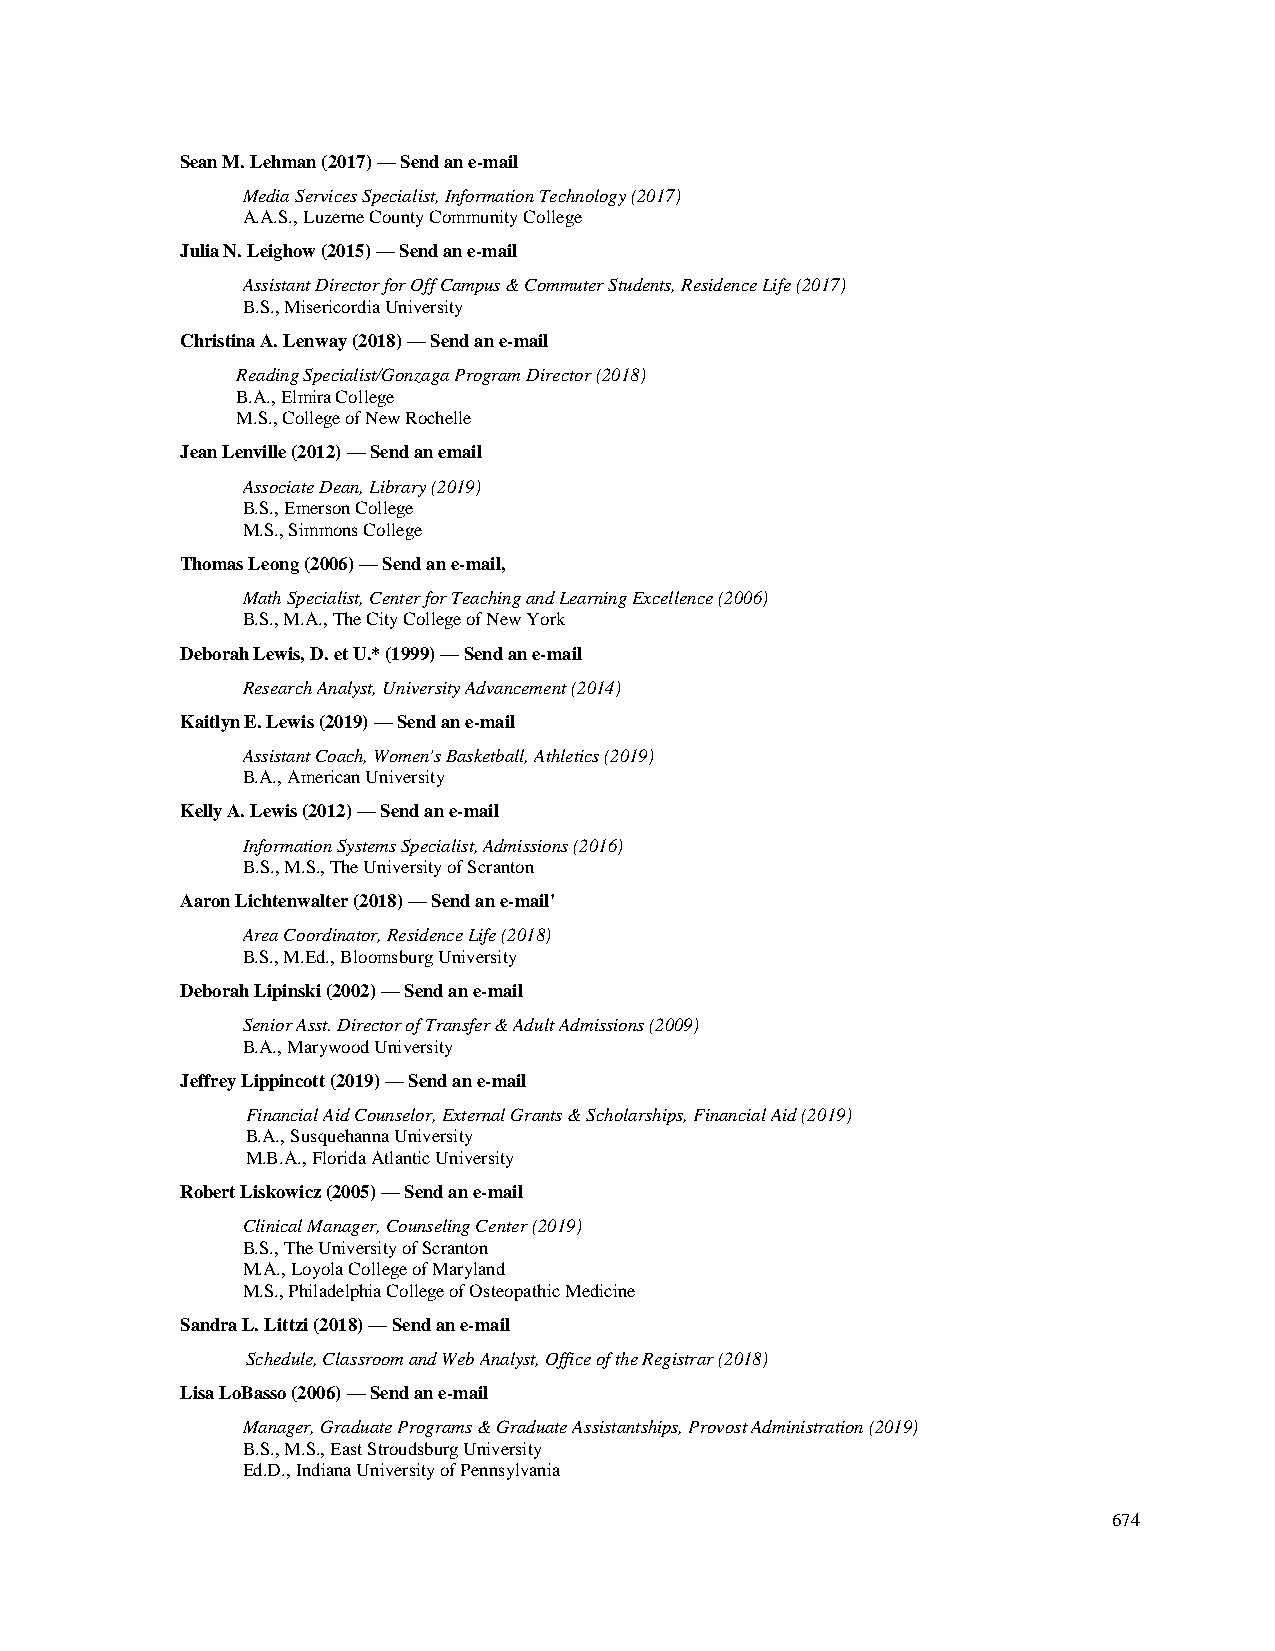
Sean M. Lehman (2017) — Send an e-mail
 Media Services Specialist, Information Technology (2017)
 A.A.S., Luzerne County Community College
 Julia N. Leighow (2015) — Send an e-mail
 Assistant Director for Off Campus & Commuter Students, Residence Life (2017)
 B.S., Misericordia University
 Christina A. Lenway (2018) — Send an e-mail
 Reading Specialist/Gonzaga Program Director (2018)
 B.A., Elmira College
 M.S., College of New Rochelle
 Jean Lenville (2012) — Send an email
 Associate Dean, Library (2019)
 B.S., Emerson College
 M.S., Simmons College
 Thomas Leong (2006) — Send an e-mail,
 Math Specialist, Center for Teaching and Learning Excellence (2006)
 B.S., M.A., The City College of New York
 Deborah Lewis, D. et U.* (1999) — Send an e-mail
 Research Analyst, University Advancement (2014)
 Kaitlyn E. Lewis (2019) — Send an e-mail
 Assistant Coach, Women's Basketball, Athletics (2019)
 B.A., American University
 Kelly A. Lewis (2012) — Send an e-mail
 Information Systems Specialist, Admissions (2016)
 B.S., M.S., The University of Scranton
 Aaron Lichtenwalter (2018) — Send an e-mail'
 Area Coordinator, Residence Life (2018)
 B.S., M.Ed., Bloomsburg University
 Deborah Lipinski (2002) — Send an e-mail
 Senior Asst. Director of Transfer & Adult Admissions (2009)
 B.A., Marywood University
 Jeffrey Lippincott (2019) — Send an e-mail
 Financial Aid Counselor, External Grants & Scholarships, Financial Aid (2019)
 B.A., Susquehanna University
 M.B.A., Florida Atlantic University
 Robert Liskowicz (2005) — Send an e-mail
 Clinical Manager, Counseling Center (2019)
 B.S., The University of Scranton
 M.A., Loyola College of Maryland
 M.S., Philadelphia College of Osteopathic Medicine
 Sandra L. Littzi (2018) — Send an e-mail
 Schedule, Classroom and Web Analyst, Office of the Registrar (2018)
 Lisa LoBasso (2006) — Send an e-mail
 Manager, Graduate Programs & Graduate Assistantships, Provost Administration (2019)
 B.S., M.S., East Stroudsburg University
 Ed.D., Indiana University of Pennsylvania
 674